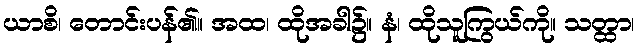
ယာစိ၊ တောင်းပန်၏။ အထ၊ ထိုအခါ၌။ နံ၊ ထိုသူကြွယ်ကို။ သတ္ထာ၊